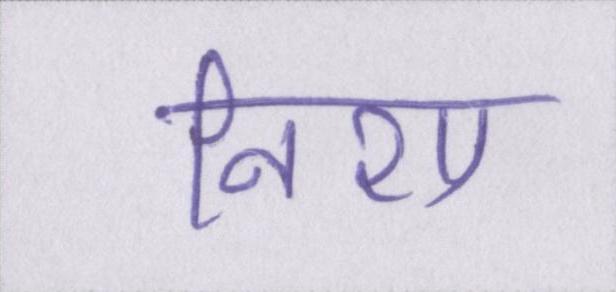
निशा